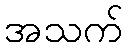
အသက်